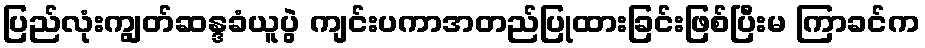
ပြည်လုံးကျွတ်ဆန္ဒခံယူပွဲ ကျင်းပကာအတည်ပြုထားခြင်းဖြစ်ပြီးမ ကြာခင်က